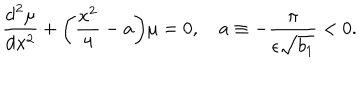
\frac { \mathrm { d } ^ { 2 } \mu } { \mathrm { d } x ^ { 2 } } + \biggl ( \frac { x ^ { 2 } } { 4 } - a \biggr ) \mu = 0 , \quad a \equiv - \frac { \pi } { \epsilon \sqrt { b _ { 1 } } } < 0 .